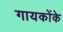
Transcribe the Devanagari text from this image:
गायकोंके